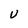
Character: U